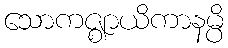
သောကဇ္ဈာယိကာနမ္ပိ